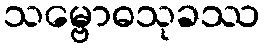
သမ္ဗောဓသုခဿ